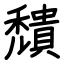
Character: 穨